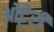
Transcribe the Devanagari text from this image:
ओट्टेरी